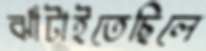
ঝাঁটাইতেছিলে